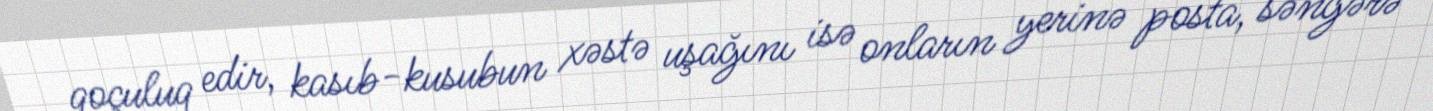
qoçuluq edir, kasıb-kusubun xəstə uşağını isə onların yerinə posta, səngərə